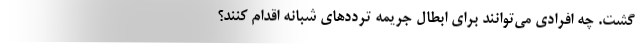
گشت. چه افرادی می‌توانند برای ابطال جریمه ترددهای شبانه اقدام کنند؟